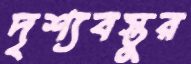
দৃশ্যবস্তুর